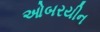
ઓબરયીન